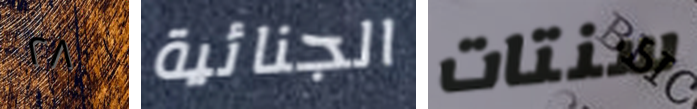
٢٨ الجنائية سنتات